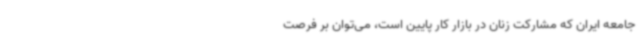
جامعه ایران که مشارکت زنان در بازار کار پایین است، می‌توان بر فرصت